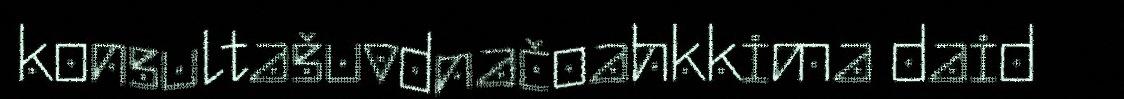
konsultašuvdnačoahkkima daid